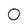
Character: 0